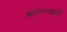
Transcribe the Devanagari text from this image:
क्लोरोनाइट्रो